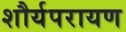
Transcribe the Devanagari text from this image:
शौर्यपरायण